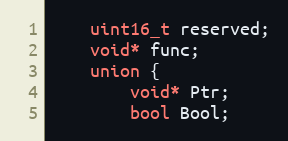
Language: C
    uint16_t reserved;
    void* func;
    union {
        void* Ptr;
        bool Bool;